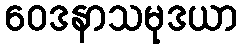
ဝေဒနာသမုဒယာ